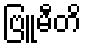
ဗြူမီတိ